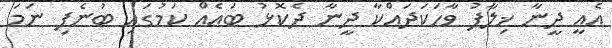
އެއީ ދީނާ ޚިލާފު ވާހަކަދައްކާ ދީނާ ދެކޮޅު ބައެއް ކަމުގައި ބުނެފި ނަމަ